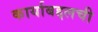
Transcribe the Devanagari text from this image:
कार्याबद्दलची